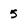
Character: 5